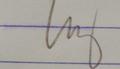
Signature authenticity: genuine